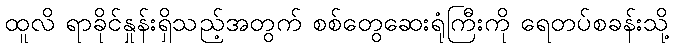
ထူလိ ရာခိုင်နှုန်းရှိသည့်အတွက် စစ်တွေဆေးရုံကြီးကို ရေတပ်စခန်းသို့